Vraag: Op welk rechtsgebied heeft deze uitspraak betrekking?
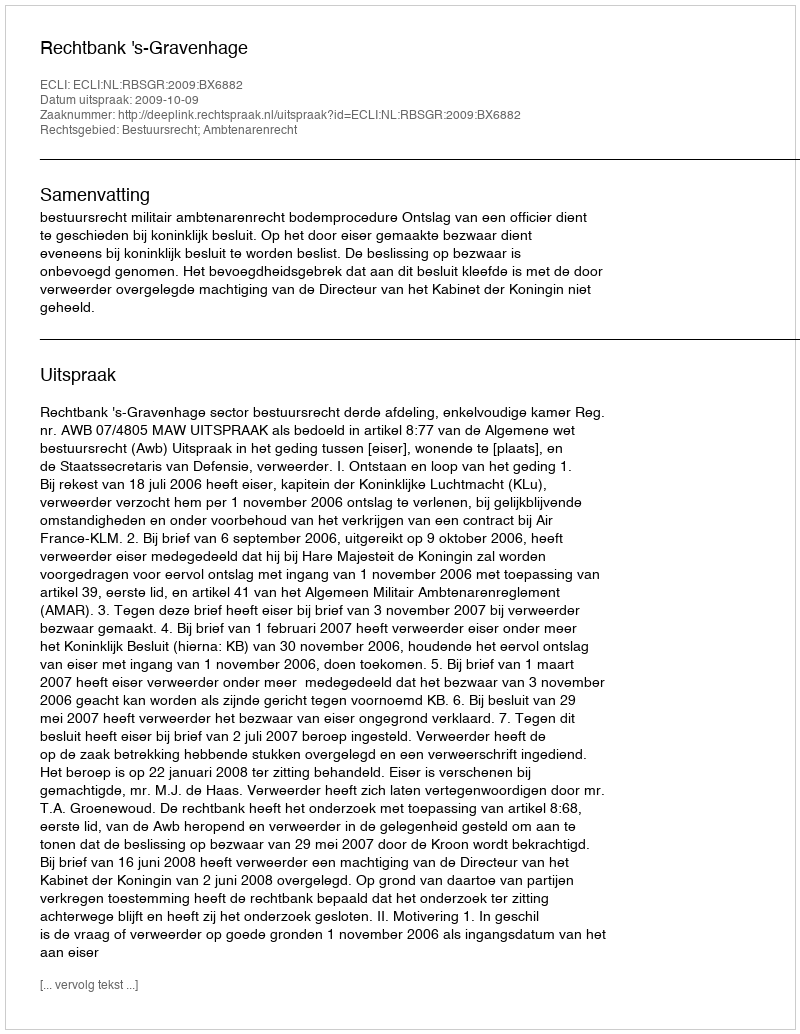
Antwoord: Bestuursrecht; Ambtenarenrecht